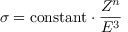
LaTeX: \sigma = \mathrm { c o n s t a n t } \cdot { \frac { Z ^ { n } } { E ^ { 3 } } }